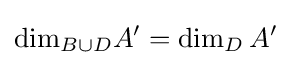
{\text{dim}}_{B\cup D}A'=\dim _{D}A'